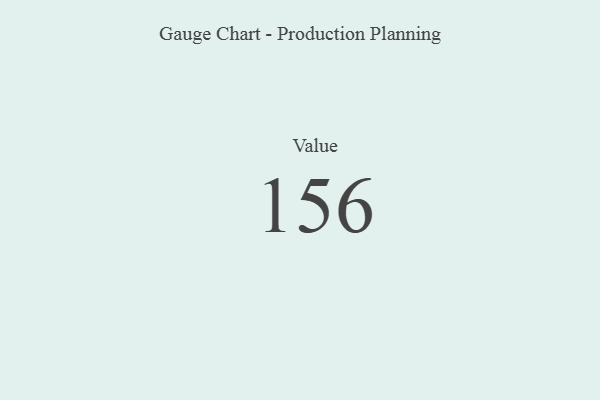
{"axis": {"x": "Metric", "y": "Value"}, "legend": [""], "data": [{"x": "Value", "y": 156, "type": ""}]}